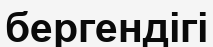
бергендігі